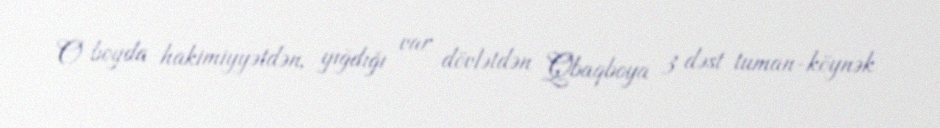
O boyda hakimiyyətdən, yığdığı var dövlətdən Qbaqboya 3 dəst tuman-köynək